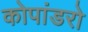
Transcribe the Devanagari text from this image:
कोपांडरो